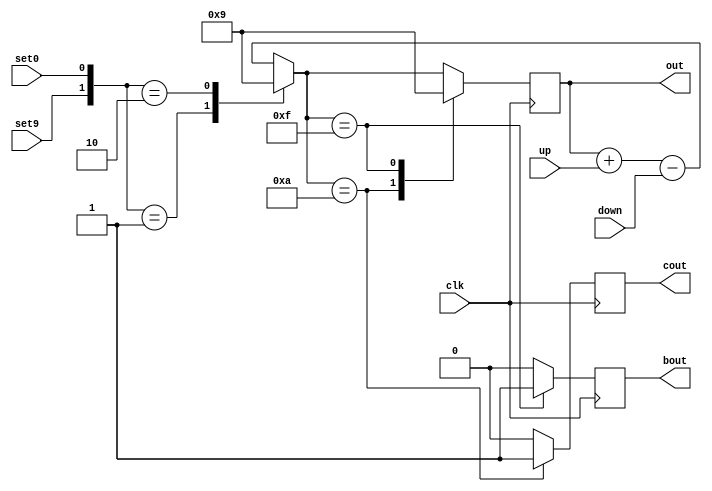
`timescale 1ns / 1ps
//////////////////////////////////////////////////////////////////////////////////
// Company: 
// Engineer: 
// 
// Design Name: 
// Module Name: bcd
// Project Name: 
// Target Devices: 
// Tool Versions: 
// Description: 
// 
// Dependencies: 
// 
// Revision:
// Revision 0.01 - File Created
// Additional Comments:
// 
//////////////////////////////////////////////////////////////////////////////////


module bcd(
    output reg[3:0] out,
    output reg cout,
    output reg bout,
    input wire up,
    input wire down,
    input wire set9,
    input wire set0,
    input wire clk
    );

initial out=0;

always @(posedge clk)
begin
    cout=0;
    bout=0;
    out=out+up-down;
    case ({set9,set0})
        2'b01: out=0;
        2'b10: out=9;
    endcase
    case (out)
        4'b1010:
            begin
                out=0;
                cout=1;
            end
        4'b1111:
            begin
                out=9;
                bout=1;
            end
    endcase
end
endmodule